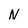
Character: N